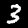
Label: 3